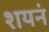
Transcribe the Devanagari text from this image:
शयनं